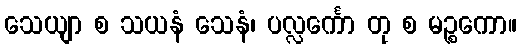
သေယျာ စ သယနံ သေနံ၊ ပလ္လင်္ကော တု စ မဉ္စကော။